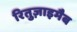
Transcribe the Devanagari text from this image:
रितुज़ाइमैब